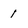
Character: 1